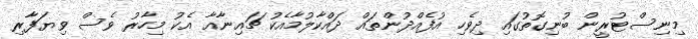
މިނިސްޓުރީން ބުނިގޮތުގައި ދިވެހި އުފެއްދުންތައް ދައްކާލުމާއެކު ޗައިނާއާ އެކު މިހާރު ވެސް ވިޔަފާރި